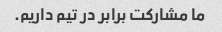
ما مشارکت برابر در تیم داریم.